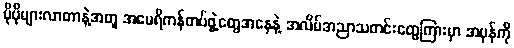
ပိုပိုများလာတာနဲ့အတူ အမေရိကန်တပ်ဖွဲ့တွေအနေနဲ့ အလိမ်အညာသတင်းတွေကြားမှာ အမှန်ကို